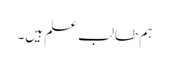
ہم طالب علم ہیں۔